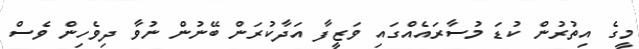
މީގެ އިތުރުން ކުޑަ މުސާރައެއްގައި ވަޒީފާ އަދާކުރަން ބޭނުން ނުވާ ދިވެހިން ވެސް